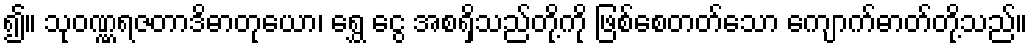
၍။ သုဝဏ္ဏရဇတာဒိဓာတုယော၊ ရွှေ ငွေ အစရှိသည်တို့ကို ဖြစ်စေတတ်သော ကျောက်ဓာတ်တို့သည်။